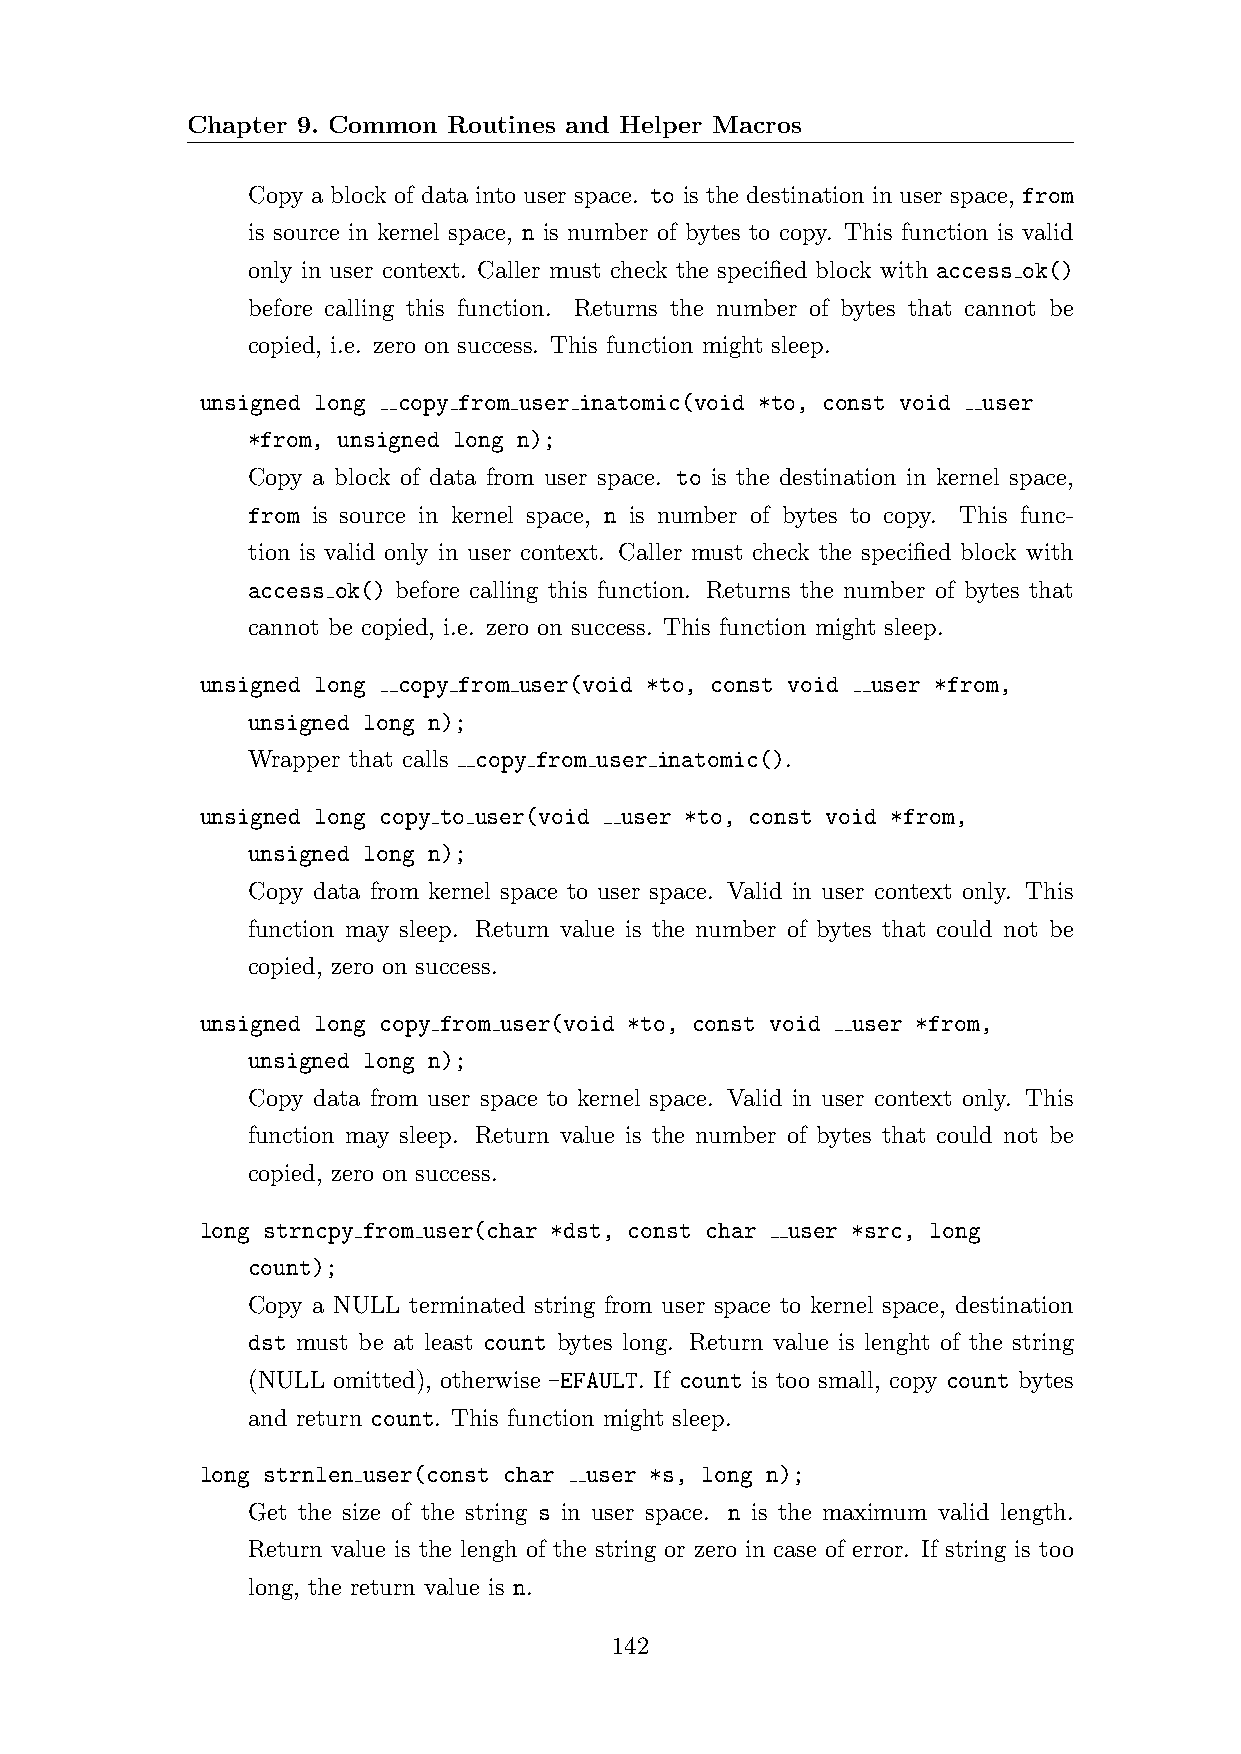
Chapter 9. Common Routines and Helper Macros
 Copy a block of data into user space. to is the destination in user space, from
 is source in kernel space, n is number of bytes to copy. This function is valid
 only in user context. Caller must check the specified block with access ok()
 before calling this function. Returns the number of bytes that cannot be
 copied, i.e. zero on success. This function might sleep.
 unsigned long copy from user inatomic(void *to, const void user
 *from, unsigned long n);
 Copy a block of data from user space. to is the destination in kernel space,
 from is source in kernel space, n is number of bytes to copy. This func-
 tion is valid only in user context. Caller must check the specified block with
 access ok() before calling this function. Returns the number of bytes that
 cannot be copied, i.e. zero on success. This function might sleep.
 unsigned long copy from user(void *to, const void user *from,
 unsigned long n);
 Wrapper that calls copy from user inatomic().
 unsigned long copy to user(void user *to, const void *from,
 unsigned long n);
 Copy data from kernel space to user space. Valid in user context only. This
 function may sleep. Return value is the number of bytes that could not be
 copied, zero on success.
 unsigned long copy from user(void *to, const void user *from,
 unsigned long n);
 Copy data from user space to kernel space. Valid in user context only. This
 function may sleep. Return value is the number of bytes that could not be
 copied, zero on success.
 long strncpy from user(char *dst, const char user *src, long
 count);
 Copy a NULL terminated string from user space to kernel space, destination
 dst must be at least count bytes long. Return value is lenght of the string
 (NULL omitted), otherwise -EFAULT. If count is too small, copy count bytes
 and return count. This function might sleep.
 long strnlen user(const char user *s, long n);
 Get the size of the string s in user space. n is the maximum valid length.
 Return value is the lengh of the string or zero in case of error. If string is too
 long, the return value is n.
 142